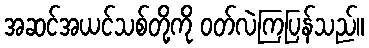
အဆင်အယင်သစ်တို့ကို ဝတ်လဲကြပြန်သည်။